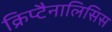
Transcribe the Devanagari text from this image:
क्रिप्टैनालिसिस